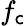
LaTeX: f_{\mathsf{c}}